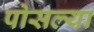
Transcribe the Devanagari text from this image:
पोसल्या